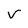
Character: v